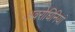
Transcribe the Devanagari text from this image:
अवरोधिनियां